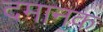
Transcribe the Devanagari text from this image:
दमानक